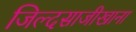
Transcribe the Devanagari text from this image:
जिल्दसाजीखाना